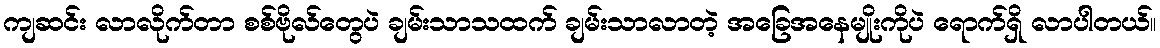
ကျဆင်း လာလိုက်တာ စစ်ဗိုလ်တွေပဲ ချမ်းသာသထက် ချမ်းသာလာတဲ့ အခြေအနေမျိုးကိုပဲ ရောက်ရှိ လာပါတယ်။